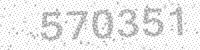
Solution: 570351